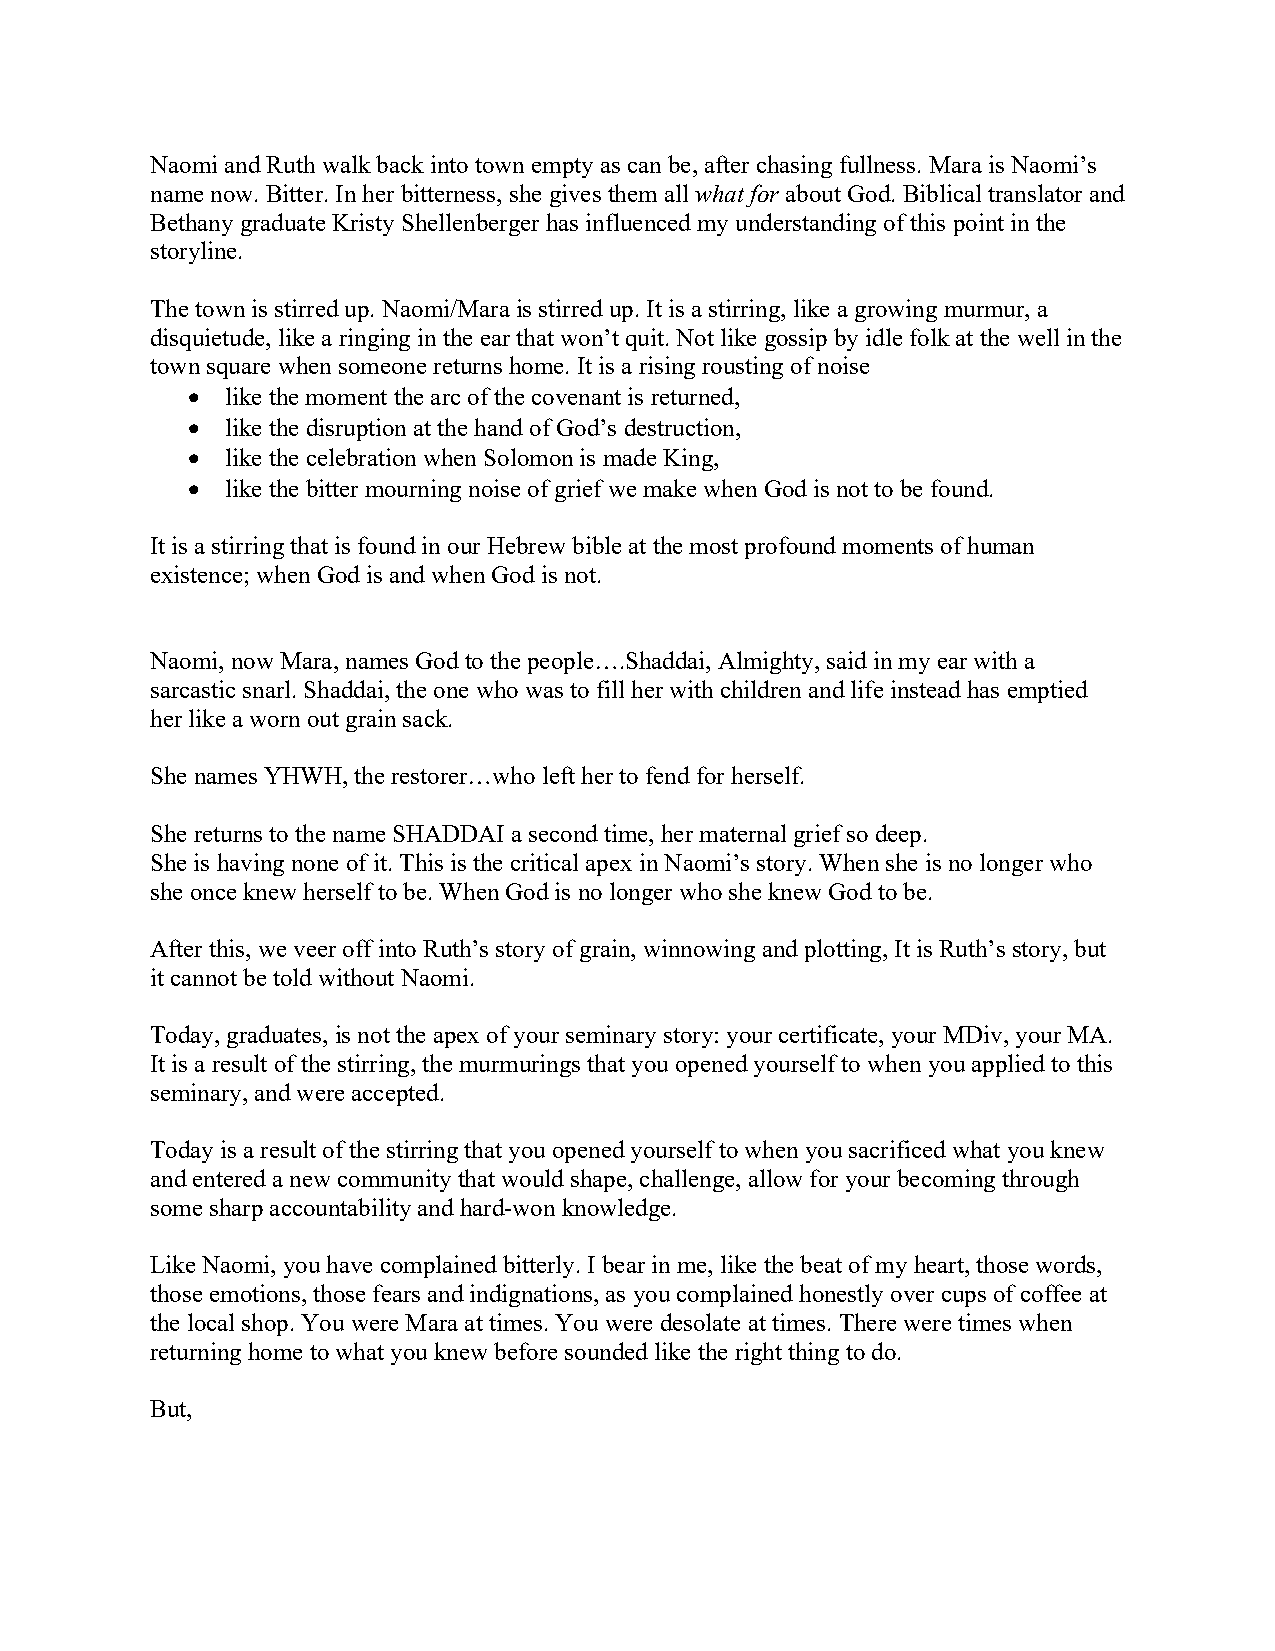
Naomi and Ruth walk back into town empty as can be, after chasing fullness. Mara is Naomi’s
 name now. Bitter. In her bitterness, she gives them all what for about God. Biblical translator and
 Bethany graduate Kristy Shellenberger has influenced my understanding of this point in the
 storyline.
 The town is stirred up. Naomi/Mara is stirred up. It is a stirring, like a growing murmur, a
 disquietude, like a ringing in the ear that won’t quit. Not like gossip by idle folk at the well in the
 town square when someone returns home. It is a rising rousting of noise
 •  like the moment the arc of the covenant is returned,
 •  like the disruption at the hand of God’s destruction,
 •  like the celebration when Solomon is made King,
 •  like the bitter mourning noise of grief we make when God is not to be found.
 It is a stirring that is found in our Hebrew bible at the most profound moments of human
 existence; when God is and when God is not.
 Naomi, now Mara, names God to the people….Shaddai, Almighty, said in my ear with a
 sarcastic snarl. Shaddai, the one who was to fill her with children and life instead has emptied
 her like a worn out grain sack.
 She names YHWH, the restorer…who left her to fend for herself.
 She returns to the name SHADDAI a second time, her maternal grief so deep.
 She is having none of it. This is the critical apex in Naomi’s story. When she is no longer who
 she once knew herself to be. When God is no longer who she knew God to be.
 After this, we veer off into Ruth’s story of grain, winnowing and plotting, It is Ruth’s story, but
 it cannot be told without Naomi.
 Today, graduates, is not the apex of your seminary story: your certificate, your MDiv, your MA.
 It is a result of the stirring, the murmurings that you opened yourself to when you applied to this
 seminary, and were accepted.
 Today is a result of the stirring that you opened yourself to when you sacrificed what you knew
 and entered a new community that would shape, challenge, allow for your becoming through
 some sharp accountability and hard-won knowledge.
 Like Naomi, you have complained bitterly. I bear in me, like the beat of my heart, those words,
 those emotions, those fears and indignations, as you complained honestly over cups of coffee at
 the local shop. You were Mara at times. You were desolate at times. There were times when
 returning home to what you knew before sounded like the right thing to do.
 But,